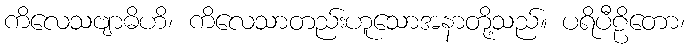
ကိလေသဗျာဓိဟိ၊ ကိလေသာတည်းဟူသောအနာတို့သည်။ ပရိပီဠိတော၊